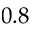
0 . 8